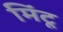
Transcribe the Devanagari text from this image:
मिंटू